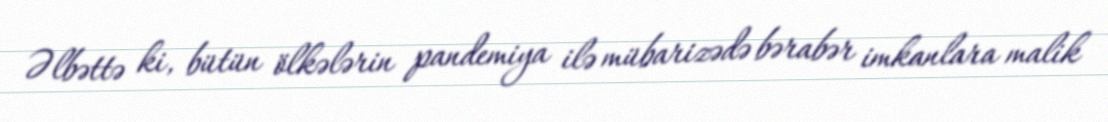
Əlbəttə ki, bütün ölkələrin pandemiya ilə mübarizədə bərabər imkanlara malik